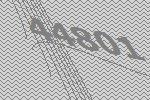
44801